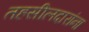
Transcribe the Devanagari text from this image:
तहसीलदारांना